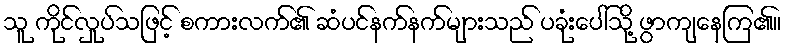
သူ ကိုင်လှုပ်သဖြင့် စကားလက်၏ ဆံပင်နက်နက်များသည် ပခုံးပေါ်သို့ ဖွာကျနေကြ၏။